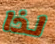
لذا